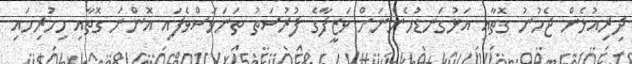
ދިރިއުޅެން ޖެހުނު ގޮތާއި އަޅުގަނޑުމެންނަށް ވަޒީފާގެ ފުރުސަތު ތަނަވަސްވެފައި އޮންނަ ގޮތާއި މިހުރިހައި